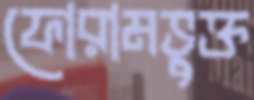
ফোরামভুক্ত